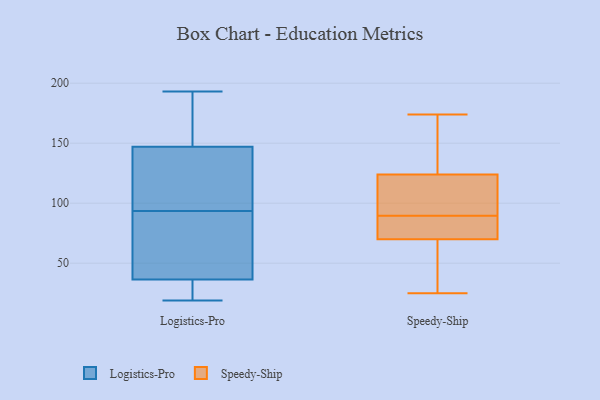
{"axis": {"x": "Revenue (USD Million)", "y": "Value"}, "legend": ["Logistics-Pro", "Speedy-Ship"], "data": [{"x": "", "y": 102, "type": "Logistics-Pro"}, {"x": "", "y": 193, "type": "Logistics-Pro"}, {"x": "", "y": 85, "type": "Logistics-Pro"}, {"x": "", "y": 180, "type": "Logistics-Pro"}, {"x": "", "y": 19, "type": "Logistics-Pro"}, {"x": "", "y": 133, "type": "Logistics-Pro"}, {"x": "", "y": 38, "type": "Logistics-Pro"}, {"x": "", "y": 35, "type": "Logistics-Pro"}, {"x": "", "y": 118, "type": "Logistics-Pro"}, {"x": "", "y": 33, "type": "Logistics-Pro"}, {"x": "", "y": 71, "type": "Logistics-Pro"}, {"x": "", "y": 161, "type": "Logistics-Pro"}, {"x": "", "y": 124, "type": "Speedy-Ship"}, {"x": "", "y": 134, "type": "Speedy-Ship"}, {"x": "", "y": 25, "type": "Speedy-Ship"}, {"x": "", "y": 77, "type": "Speedy-Ship"}, {"x": "", "y": 87, "type": "Speedy-Ship"}, {"x": "", "y": 92, "type": "Speedy-Ship"}, {"x": "", "y": 162, "type": "Speedy-Ship"}, {"x": "", "y": 106, "type": "Speedy-Ship"}, {"x": "", "y": 34, "type": "Speedy-Ship"}, {"x": "", "y": 71, "type": "Speedy-Ship"}, {"x": "", "y": 115, "type": "Speedy-Ship"}, {"x": "", "y": 174, "type": "Speedy-Ship"}, {"x": "", "y": 43, "type": "Speedy-Ship"}, {"x": "", "y": 70, "type": "Speedy-Ship"}]}